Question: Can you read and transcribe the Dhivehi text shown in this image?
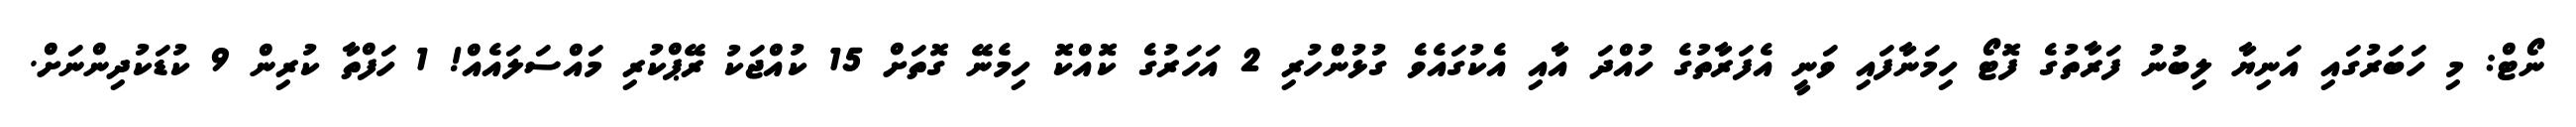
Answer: ނޯޓް: މި ހަބަރުގައި އަނިޔާ ލިބުނު ފަރާތުގެ ފޮޓޯ ހިމަނާފައި ވަނީ އެފަރާތުގެ ހުއްދަ އާއި އެކުގައެވެ ގުޅުންހުރި 2 އަހަރުގެ ކޮއްކޮ ހިމެނޭ ގޮތަށް 15 ކުއްޖަކު ރޭޕްކުރި މައްސަލައެއް! 1 ހަފްތާ ކުރިން 9 ކުޑަކުދިންނަށް.